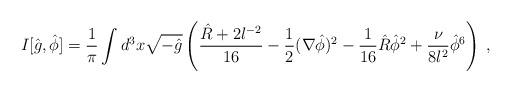
LaTeX: \begin{align*}I[\hat{g},\hat{\phi}]=\frac{1}{\pi }\int d^{3}x\sqrt{-\hat{g}}\left( \frac{\hat{R}+2l^{-2}}{16} - \frac{1}{2}(\nabla \hat{\phi})^{2}-\frac{1}{16}\hat{R}\hat{\phi}^{2}+\frac{\nu }{8l^{2}}\hat{\phi}^{6}\right) \;, \end{align*}